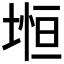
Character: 𡍷